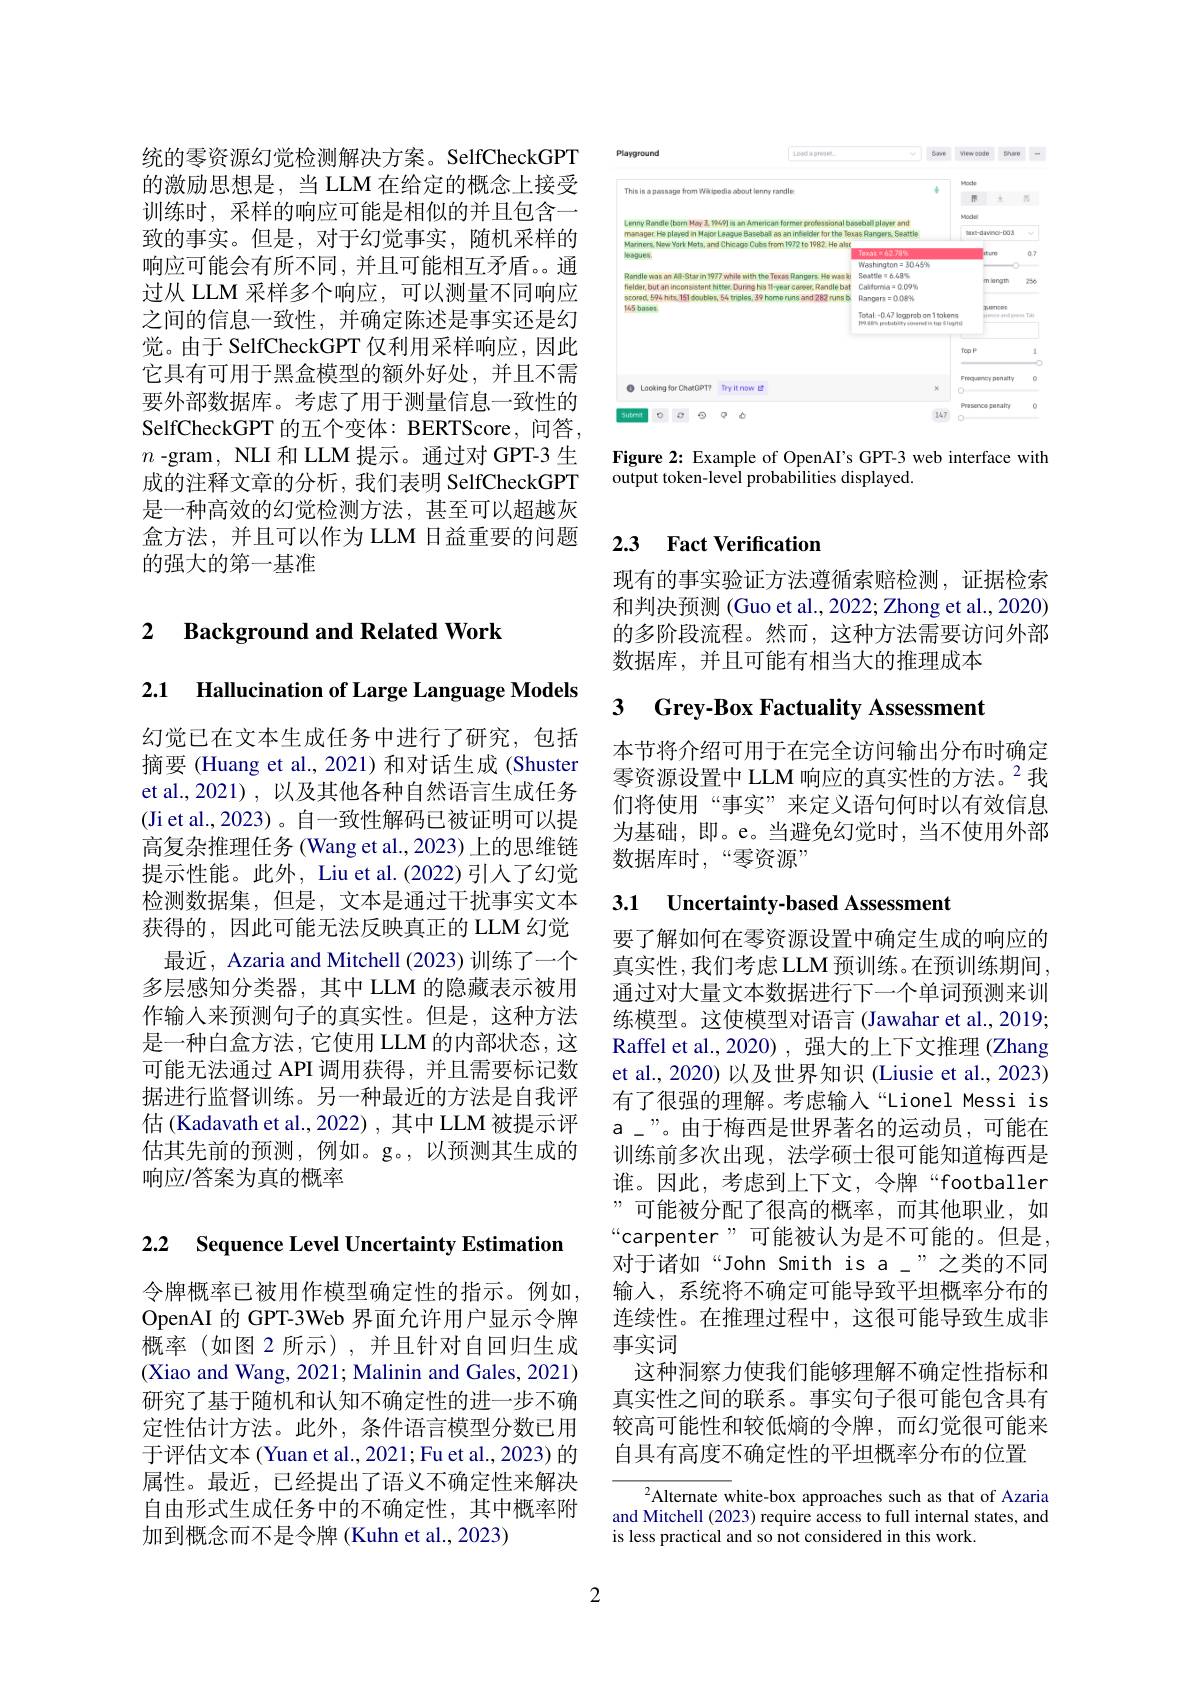
统的零资源幻觉检测解决方案。SelfCheckGPT 的激励思想是，当 LLM 在给定的概念上接受训练时，采样的响应可能是相似的并且包含一致的事实。但是，对于幻觉事实，随机采样的响应可能会有所不同，并且可能相互矛盾。通过从 LLM 采样多个响应，可以测量不同响应之间的信息一致性，并确定陈述是事实还是幻觉。由于 SelfCheckGPT 仅利用采样响应，因此它具有可用于黑盒模型的额外好处，并且不需要外部数据库。考虑了用于测量信息一致性的SelfCheckGPT 的五个变体：BERTScore, 问答， $n$ -gram, NLI 和 LLM 提示。通过对 GPT-3 生成的注释文章的分析，我们表明 SelfCheckGPT 是一种高效的幻觉检测方法，甚至可以超越灰盒方法，并且可以作为 LLM 日益重要的问题的强大的第一基准

## 2 $\textbf{Background and Related Work}$

2.1 Hallucination of Large Language Models

幻觉已在文本生成任务中进行了研究，包括摘要 (Huang et al., 2021)和对话生成 (Shuster et al.,2021) ,以及其他各种自然语言生成任务(Ji et al., 2023)。自一致性解码已被证明可以提供高复杂推理任务 (Wang et al., 2023) 上的思维链提示性能。此外，Liu et al.(2022)引入了幻觉检测数据集，但是，文本是通过干扰事实文本获得的，因此可能无法反映真正的 LLM 幻觉最近，Azaria and Mitchell (2023) 训练了一个多层感知分类器，其中 LLM 的隐藏表示被用作输入来预测句子的真实性。但是，这种方法是一种白盒方法，它使用 LLM 的内部状态，这可能无法通过 API 调用获得，并且需要标记数据进行监督训练。另一种最近的方法是自我评估 (Kadavath et al., 2022) , 其中 LLM 被提示评估其先前的预测，例如。g。,以预测其生成的响应/答案为真的概率

2.2 Sequence Level Uncertainty Estimation

令牌概率已被用作模型确定性的指示。例如， OpenAI 的 GPT-3Web 界面允许用户显示令牌概率(如图 2 所示),并且针对自回归生成(Xiao and Wang, 2021; Malinin and Gales, 2021) 研究了基于随机和认知不确定性的进一步不确定性估计方法。此外，条件语言模型分数已用于评估文本(Yuan et al., 2021; Fu et al., 2023) 的属性。最近，已经提出了语义不确定性来解决自由形式生成任务中的不确定性，其中概率附加到概念而不是令牌(Kuhn et al., 2023)

<FigureHere>

Figure 2: Example of OpenAI's GPT-3 web interface with
output token-level probabilities displayed.

## 2.3 Fact Verification

现有的事实验证方法遵循索赔检测，证据检索和判决预测 (Guo et al., 2022; Zhong et al., 2020) 的多阶段流程。然而，这种方法需要访问外部数据库，并且可能有相当大的推理成本

# 3 Grey-Box Factuality Assessmen

本节将介绍可用于在完全访问输出分布时确定零资源设置中 LLM 响应的真实性的方法。$^{2}$我们将使用“事实”来定义语句何时以有效信息为基础，即。e。当避免幻觉时，当不使用外部数据库时，“零资源”

## 3.1 Uncertainty-based Assessment

要了解如何在零资源设置中确定生成的响应的真实性，我们考虑 LLM 预训练。在预训练期间， 通过对大量文本数据进行下一个单词预测来训练模型。这使模型对语言 (Jawahar et al., 2019; Raffel et al.,2020),强大的上下文推理 (Zhang et al., 2020) 以及世界知识 (Liusie et al., 2023) 有了很强的理解。考虑输入“Lionel Messi is a\_”。由于梅西是世界著名的运动员，可能在训练前多次出现，法学硕士很可能知道梅西是谁。因此，考虑到上下文，令牌“footballer ”可能被分配了很高的概率，而其他职业，如“carpenter”可能被认为是不可能的。但是， 对于诸如“John Smith is a"之类的不同输入，系统将不确定可能导致平坦概率分布的连续性。在推理过程中，这很可能导致生成非事实词
这种洞察力使我们能够理解不确定性指标和真实性之间的联系。事实句子很可能包含具有较高可能性和较低熵的令牌，而幻觉很可能来自具有高度不确定性的平坦概率分布的位置

$^{2}$Alternate white-box approaches such as that of Azaria and Mitchell (2023) require access to full internal states, and is less practical and so not considered in this work.

2